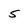
Character: 5